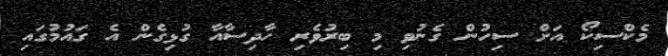
މެކްސިކޯ އަށް ސިހުން ގެނުވި މި ބިރުވެރި ހާދިސާއާ ގުޅިގެން އެ ގައުމުގައި